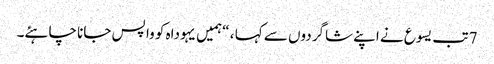
7 تب یسوع نے اپنے شاگردوں سے کہا ، “ہمیں یہوداہ کو وا پس جانا چاہئے۔